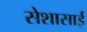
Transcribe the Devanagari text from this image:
सेशासाई